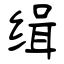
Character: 缉